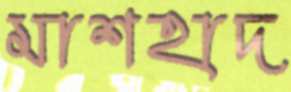
মাশহাদ